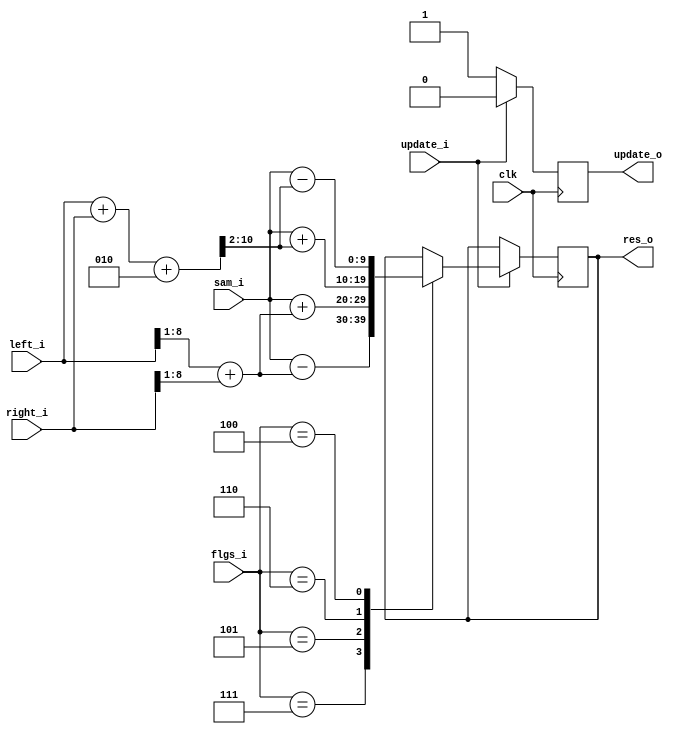
// Generated by MyHDL 0.11


`timescale 1ns/10ps

module lift_step (
    left_i,
    sam_i,
    right_i,
    flgs_i,
    update_i,
    clk,
    res_o,
    update_o
);


input [8:0] left_i;
input [8:0] sam_i;
input [8:0] right_i;
input [3:0] flgs_i;
input update_i;
input clk;
output signed [9:0] res_o;
reg signed [9:0] res_o;
output update_o;
reg update_o;




always @(posedge clk) begin: LIFT_STEP_RTL
    if ((update_i == 1)) begin
        update_o <= 0;
        case (flgs_i)
            'h7: begin
                res_o <= ($signed(sam_i) - ($signed($signed(left_i) >>> 1) + $signed($signed(right_i) >>> 1)));
            end
            'h5: begin
                res_o <= ($signed(sam_i) + ($signed($signed(left_i) >>> 1) + $signed($signed(right_i) >>> 1)));
            end
            'h6: begin
                res_o <= ($signed(sam_i) + $signed((($signed(left_i) + $signed(right_i)) + 2) >>> 2));
            end
            'h4: begin
                res_o <= ($signed(sam_i) - $signed((($signed(left_i) + $signed(right_i)) + 2) >>> 2));
            end
        endcase
    end
    else begin
        update_o <= 1;
    end
end

endmodule